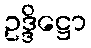
ဥဒ္ဒိဋ္ဌော